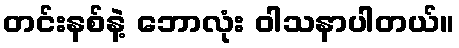
တင်းနစ်နဲ့ ဘောလုံး ဝါသနာပါတယ်။